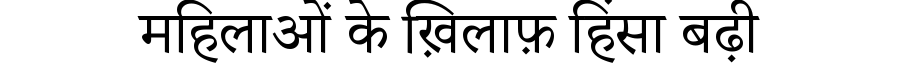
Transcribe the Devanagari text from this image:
महिलाओं के ख़िलाफ़ हिंसा बढ़ी